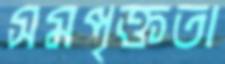
সমপৃক্ততা